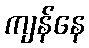
ကျန်နေ